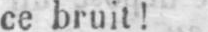
ce bruit!